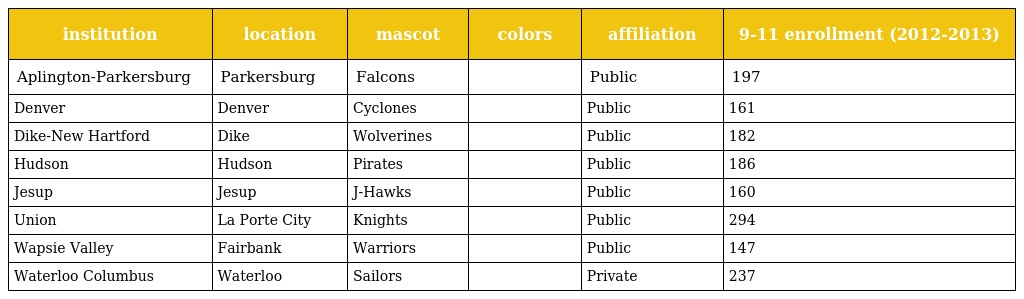
| institution | location | mascot | colors | affiliation | 9-11 enrollment (2012-2013) |
 | --- | --- | --- | --- | --- | --- |
 | Aplington-Parkersburg | Parkersburg | Falcons |  | Public | 197 |
 | Denver | Denver | Cyclones |  | Public | 161 |
 | Dike-New Hartford | Dike | Wolverines |  | Public | 182 |
 | Hudson | Hudson | Pirates |  | Public | 186 |
 | Jesup | Jesup | J-Hawks |  | Public | 160 |
 | Union | La Porte City | Knights |  | Public | 294 |
 | Wapsie Valley | Fairbank | Warriors |  | Public | 147 |
 | Waterloo Columbus | Waterloo | Sailors |  | Private | 237 |